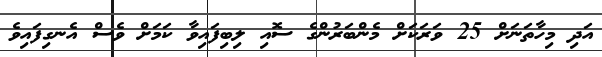
އަދި މިހާތަނަށް 25 ވަރަކަށް މެންބަރުންގެ ސޮއި ލިބިފައިވާ ކަމަށް ވެސް އެނގިފައިވެ